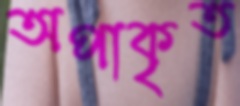
অপাকৃত